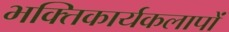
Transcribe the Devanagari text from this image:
भक्तिकार्यकलापों